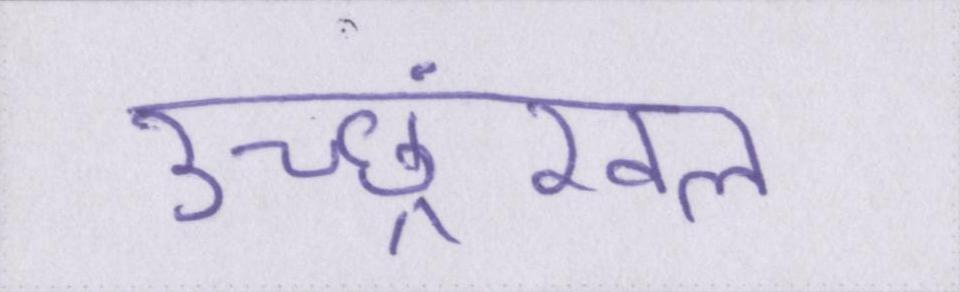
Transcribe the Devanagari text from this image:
उच्छ्रंखल